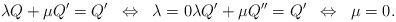
LaTeX: \begin{align*} \lambda Q + \mu Q' = Q' \;\; \Leftrightarrow \;\; \lambda = 0 \lambda Q' + \mu Q'' = Q' \;\; \Leftrightarrow \;\; \mu = 0.\end{align*}